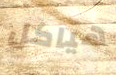
هياكل